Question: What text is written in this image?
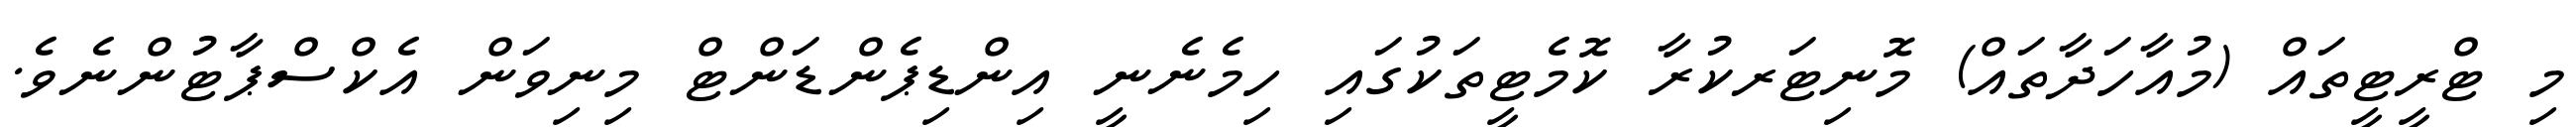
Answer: މި ޓްރީޓީތައް (މުއާހަދާތައް) މޮނިޓަރކުރާ ކޮމެޓީތަކުގައި ހިމެނެނީ އިންޑިޕެންޑަންޓް މިނިވަން އެކްސްޕާޓުންނެވެ.